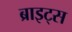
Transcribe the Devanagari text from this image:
ब्राइट्स